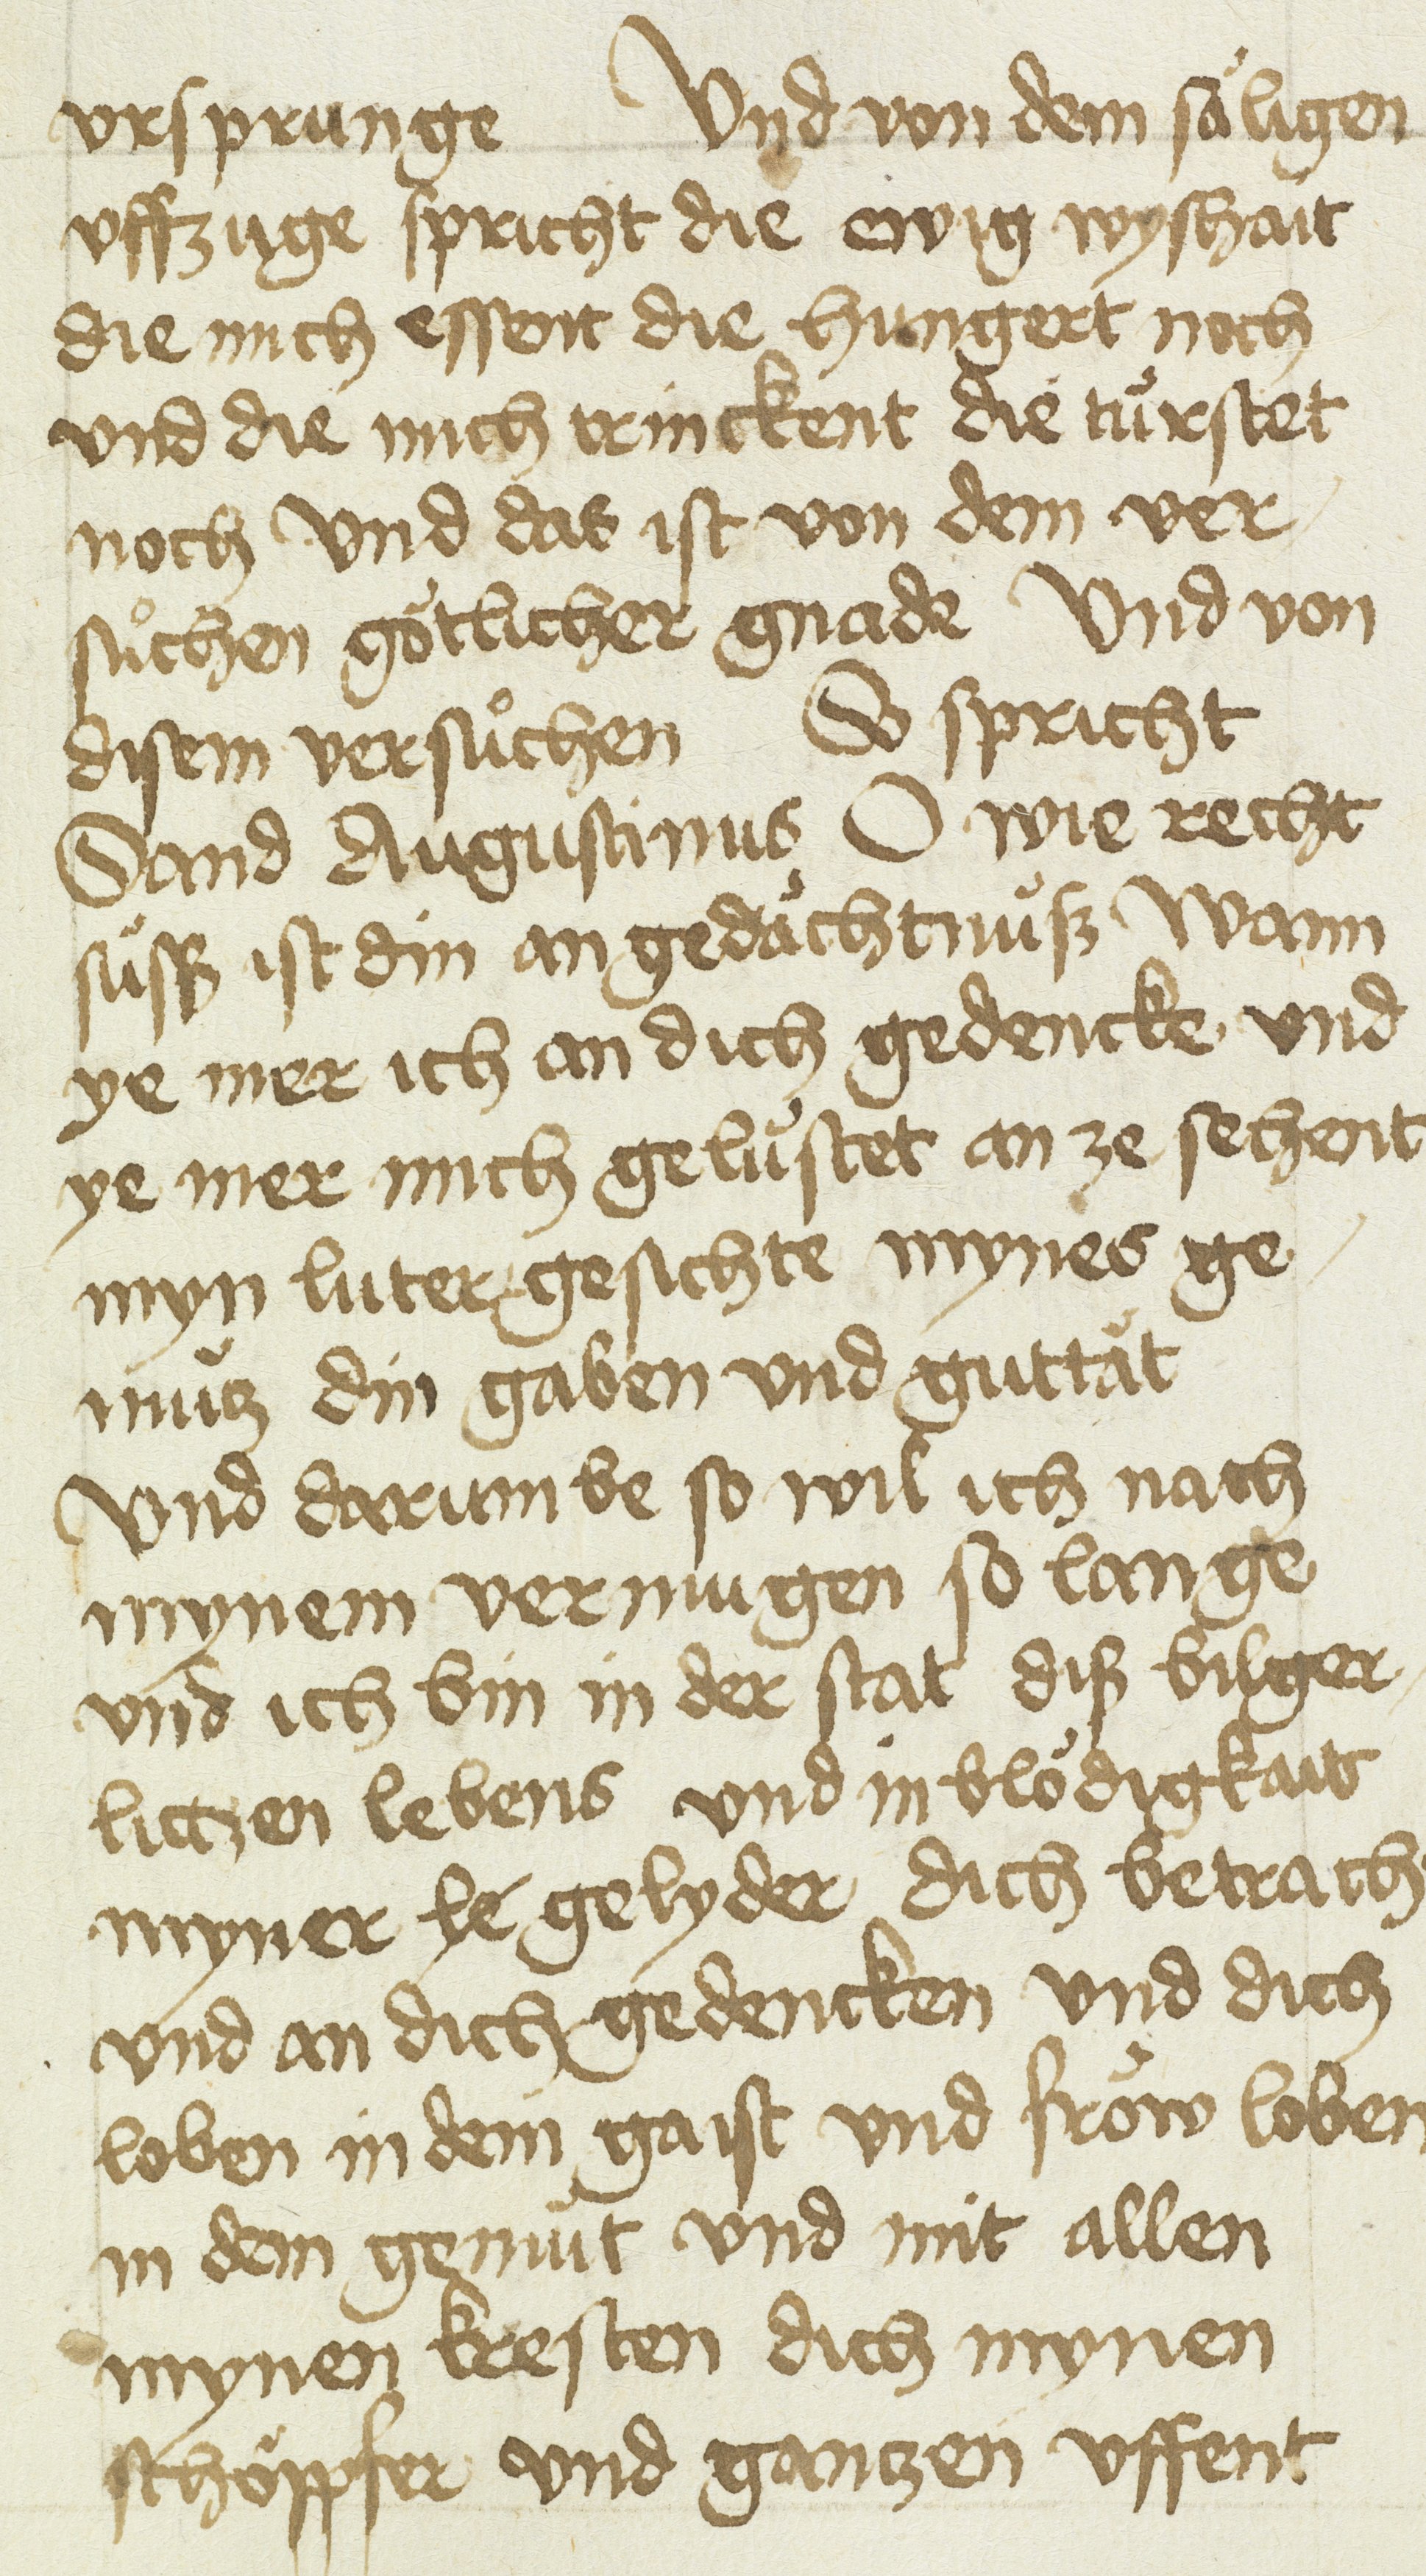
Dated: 1400–1499